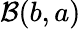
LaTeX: \mathcal{B}(b,a)